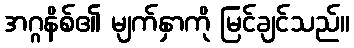
အဂ္ဂနိစ်၏ မျက်နှာကို မြင်ချင်သည်။